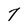
Character: 7